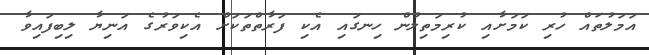
އަމަލުތައް ހުރި ކަމަށާއި ކުރިމަތިލުން ހިނގައި އެކި ފަރާތްތަކަށް އެކިވަރުގެ އަނިޔާ ލިބިފައިވާ